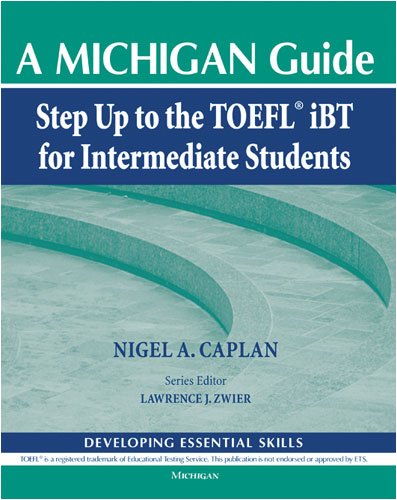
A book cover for Step Up to the TOEFL(R) iBT for Intermediate Students (with Audio CD): A Michigan Guide (Developing Essential Skills); Nigel A. Caplan; Test Preparation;